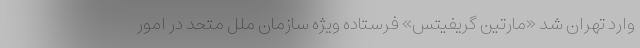
وارد تهران شد «مارتین گریفیتس» فرستاده ویژه سازمان ملل متحد در امور